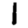
Digit: 1